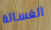
الغسالة